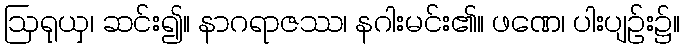
ဩရုယှ၊ ဆင်း၍။ နာဂရာဇဿ၊ နဂါးမင်း၏။ ဖဏေ၊ ပါးပျဉ်း၌။